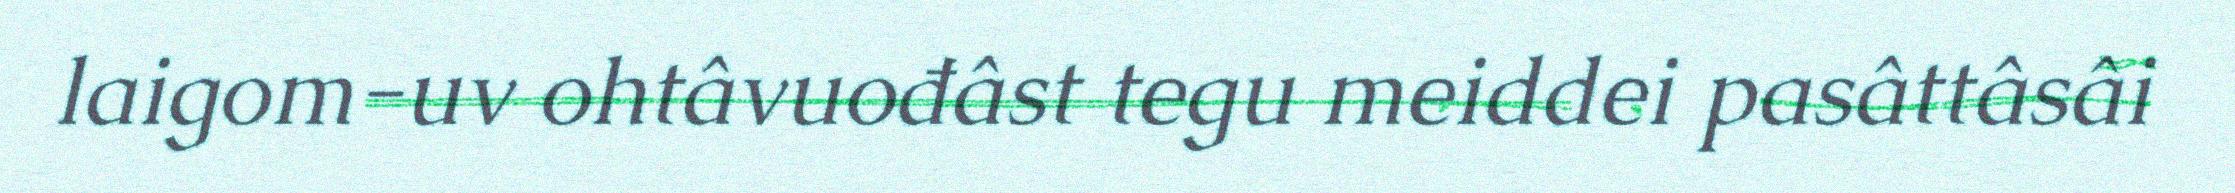
laigom-uv ohtâvuođâst tegu meiddei pasâttâsâi